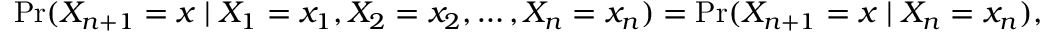
\operatorname* { P r } ( X _ { n + 1 } = x \mid X _ { 1 } = x _ { 1 } , X _ { 2 } = x _ { 2 } , \ldots , X _ { n } = x _ { n } ) = \operatorname* { P r } ( X _ { n + 1 } = x \mid X _ { n } = x _ { n } ) ,